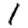
Digit: 1